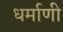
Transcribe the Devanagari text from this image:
धर्माणी